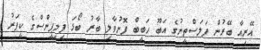
އޭރިއާ ބޭރުން ފަލަސްތީނުގެ އަބޫ ހަބީބް ފޮނުވާލި ބާރު ބޯޅަ ފިލިޕީންސްގެ ކީޕަރު